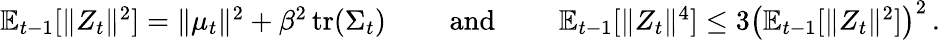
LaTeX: \begin{array}{r}{\mathbb E_{t-1}[\Vert Z_{t}\Vert^{2}]=\Vert\mu_{t}\Vert^{2}+\beta^{2}\operatorname{tr}(\Sigma_{t})\qquad\mathrm{~and~}\qquad\mathbb E_{t-1}[\Vert Z_{t}\Vert^{4}]\leq 3\left(\mathbb E_{t-1}[\Vert Z_{t}\Vert^{2}]\right)^{2}\, .}\end{array}